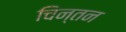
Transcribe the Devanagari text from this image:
चिन्‍तन